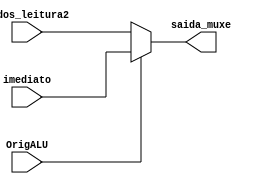
module muxe (OrigALU, Dados_leitura2, imediato, saida_muxe);

input OrigALU;
input [31:0] Dados_leitura2;
input [31:0] imediato;

output reg [31:0] saida_muxe;

always @(*)
begin
	if (OrigALU) saida_muxe = imediato;
	else saida_muxe = Dados_leitura2;

end

endmodule